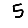
Digit: 5